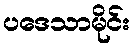
ပဒေသာမိုင်း